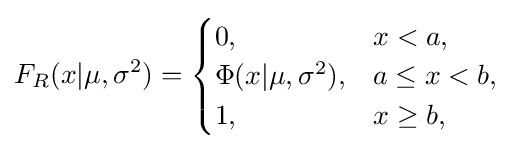
F_{R}(x|\mu ,\sigma ^{2})={\begin{cases}0,&x<a,\\\Phi (x|\mu ,\sigma ^{2}),&a\leq x<b,\\1,&x\geq b,\\\end{cases}}